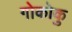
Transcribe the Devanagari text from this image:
गोकोकु